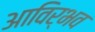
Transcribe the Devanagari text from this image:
आविर्भव